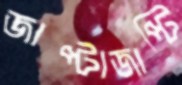
জাপ্টাজাপ্টি